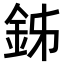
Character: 𨥦